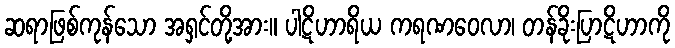
ဆရာဖြစ်ကုန်သော အရှင်တို့အား။ ပါဋိဟာရိယ ကရဏဝေလာ၊ တန်ခိုးပြာဋိဟာကို